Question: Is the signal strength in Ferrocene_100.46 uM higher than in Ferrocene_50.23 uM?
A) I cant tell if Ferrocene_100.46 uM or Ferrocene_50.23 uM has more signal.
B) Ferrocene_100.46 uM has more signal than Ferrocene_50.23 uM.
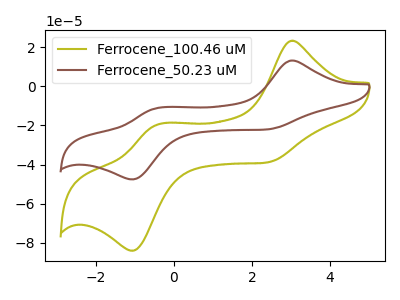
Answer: <think>The olive curve "Ferrocene_100.46 uM" has anodic peaks at (3.00V, 23.25uA) (-0.40V, -19.50uA) and cathodic peaks at (2.35V, -39.00uA) (-1.05V, -84.00uA). The brown curve "Ferrocene_50.23 uM" has anodic peaks at (3.00V, 13.15uA) (-0.40V, -11.05uA) and cathodic peaks at (2.35V, -22.10uA) (-1.05V, -47.55uA).
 All the peaks in "Ferrocene_100.46 uM" have a peak in "Ferrocene_50.23 uM" at the same potential.</think>
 <answer>A) I cant tell if "Ferrocene_100.46 uM" or "Ferrocene_50.23 uM" has more signal.</answer>
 <eval>A</eval>